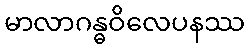
မာလာဂန္ဓဝိလေပနဿ